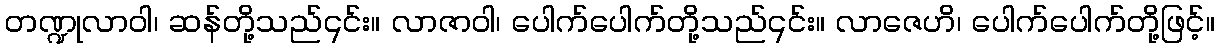
တဏ္ဍုလာဝါ၊ ဆန်တို့သည်၎င်း။ လာဇာဝါ၊ ပေါက်ပေါက်တို့သည်၎င်း။ လာဇေဟိ၊ ပေါက်ပေါက်တို့ဖြင့်။